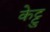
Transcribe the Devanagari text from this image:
केट्टु